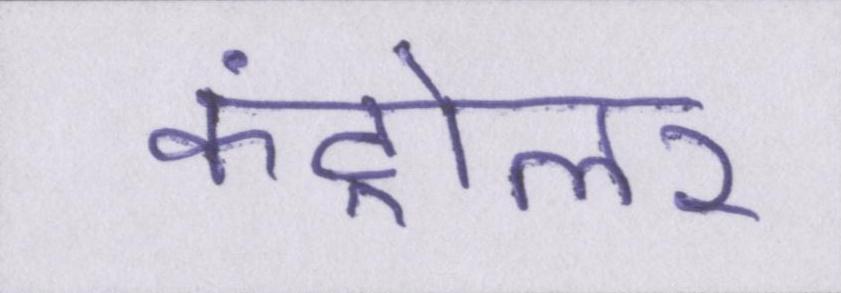
कंट्रोलर